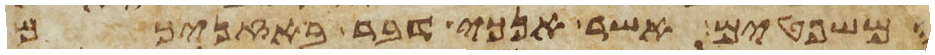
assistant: המשפטים אשר אנכי דבר באזניכם